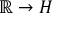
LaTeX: \mathbb { R } \to H